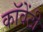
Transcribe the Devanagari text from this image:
कॉवेंटी